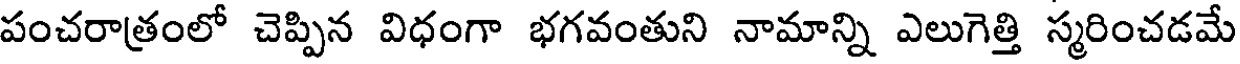
పంచరాత్రంలో చెప్పిన విధంగా భగవంతుని నామాన్ని ఎలుగెత్తి స్మరించడమే